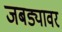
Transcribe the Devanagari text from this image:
जबड्यावर